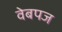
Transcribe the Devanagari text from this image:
वेबपज